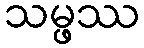
သမ္ဖဿ